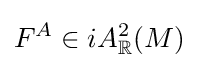
F^{A}\in iA_{\mathbb {R} }^{2}(M)